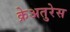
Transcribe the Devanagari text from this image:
क्रेअतुरेस